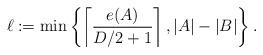
LaTeX: \begin{align*} \ell := \min \left\lbrace \left\lceil \frac{e(A)}{D/2+1} \right\rceil, |A|-|B| \right\rbrace.\end{align*}